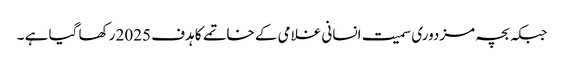
جبکہ بچہ مزدوری سمیت انسانی غلامی کے خاتمے کا ہدف 2025 رکھا گیا ہے ۔